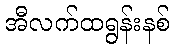
အီလက်ထရွန်းနစ်